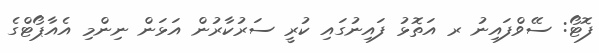
ފޮޓޯ: ސޭވްފައިނު ރ އަތޮޅު ފައިނުގައި ކުރީ ސަރުކާރުން އަޅަން ނިންމި އެއާޕޯޓްގެ